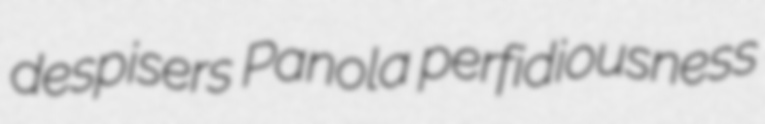
despisers Panola perfidiousness